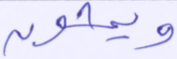
ويمشون